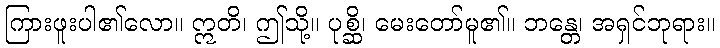
ကြားဖူးပါ၏လော။ ဣတိ၊ ဤသို့။ ပုစ္ဆိ၊ မေးတော်မူ၏။ ဘန္တေ၊ အရှင်ဘုရား။